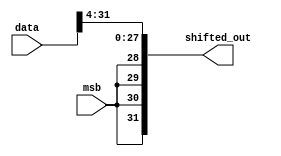
module right_barrel_4(
    output [31:0] shifted_out,
    input [31:0] data,
    input msb
);

    assign shifted_out[27:0] = data[31:4];
    genvar i;
    for (i = 31; i > 27; i = i - 1) begin
        assign shifted_out[i] = msb;
    end

endmodule